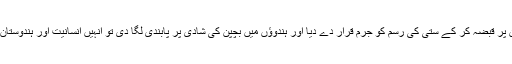
انگریزوں نے ہندوستان پر قبضہ کر کے ستی کی رسم کو جرم قرار دے دیا اور ہندوؤں میں بچپن کی شادی پر پابندی لگا دی تو انہیں انسانیت اور ہندوستان کے محسن گردانا گیا۔